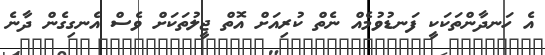
އެ ހަނދާންތަކަކީ ފަނޑުވުމެއް ނެތް ކުރިއަށް އޮތް ޖީލުތަކަށް ވެސް އެނގިގެން ދާނެ